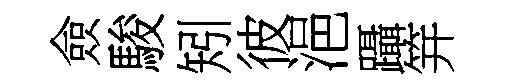
僉駿矧彼浥躡笄